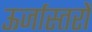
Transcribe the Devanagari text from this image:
ऊर्जास्तरों